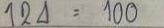
124 = 100